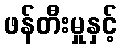
ဖန်တီးမှုနှင့်